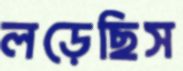
লড়েছিস